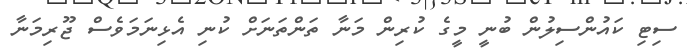
ސިޓި ކައުންސިލުން ބުނީ މީގެ ކުރިން މަނާ ތަންތަނަށް ކުނި އެޅިނަމަވެސް ޖޫރިމަނާ